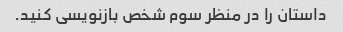
داستان را در منظر سوم شخص بازنویسی کنید.